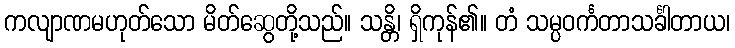
ကလျာဏမဟုတ်သော မိတ်ဆွေတို့သည်။ သန္တိ၊ ရှိကုန်၏။ တံ သမ္ပဝင်္ကတာသင်္ခါတာယ၊